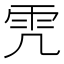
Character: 𩁸